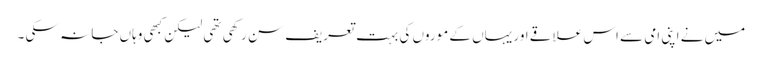
میں نے اپنی امی سے اس علاقے اور یہاں کے موروں کی بہت تعریف سن رکھی تھی لیکن کبھی وہاں جا نہ سکی ۔